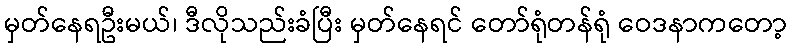
မှတ်နေရဦးမယ်၊ ဒီလိုသည်းခံပြီး မှတ်နေရင် တော်ရုံတန်ရုံ ဝေဒနာကတော့